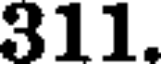
311.